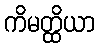
ကိမတ္ထိယာ